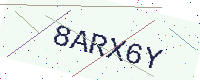
Text: 8ARX6Y